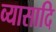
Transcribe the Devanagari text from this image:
व्यासादि